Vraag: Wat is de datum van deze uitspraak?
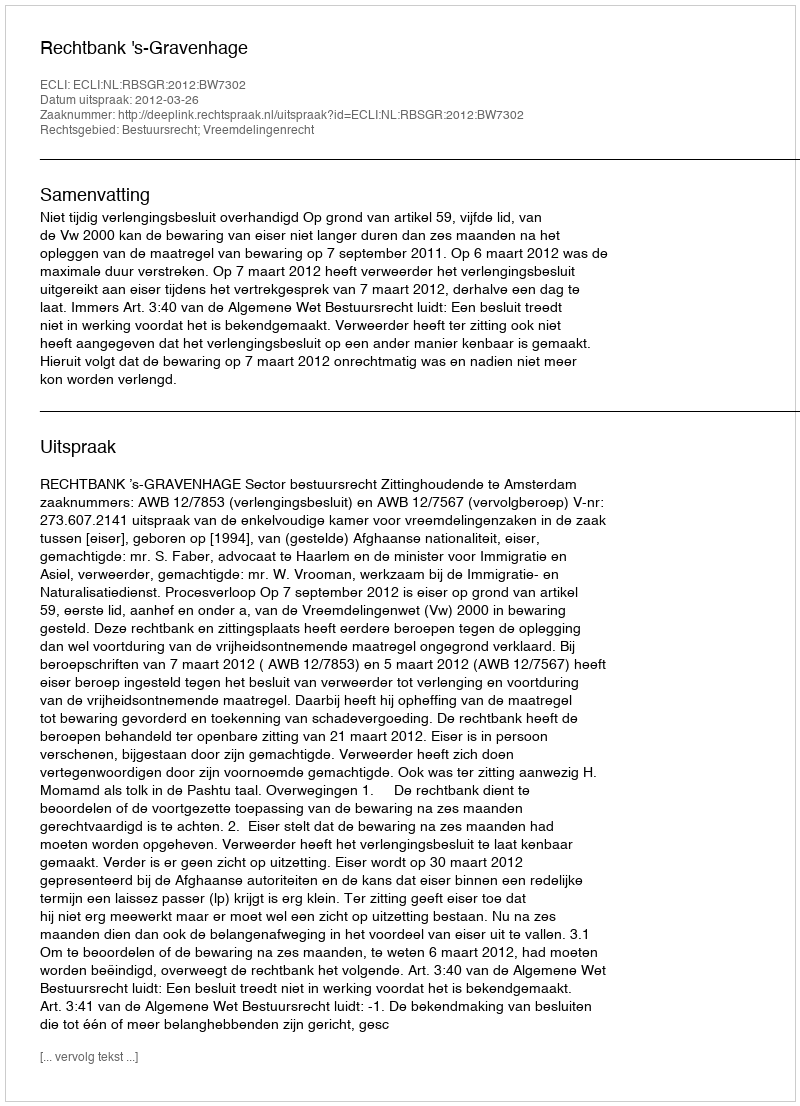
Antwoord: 2012-03-26